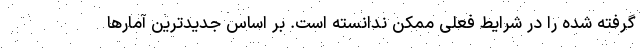
گرفته شده را در شرایط فعلی ممکن ندانسته است. بر اساس جدیدترین آمارها